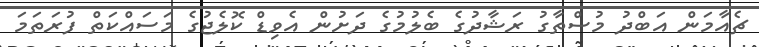
ޗެއާމަން އަބްދު މުސްތާގު ރަޝާދުގެ ބެލުމުގެ ދަށުން އެވިޑް ކޮލެޖުގެ މަސައްކަތް ފުރަތަމަ